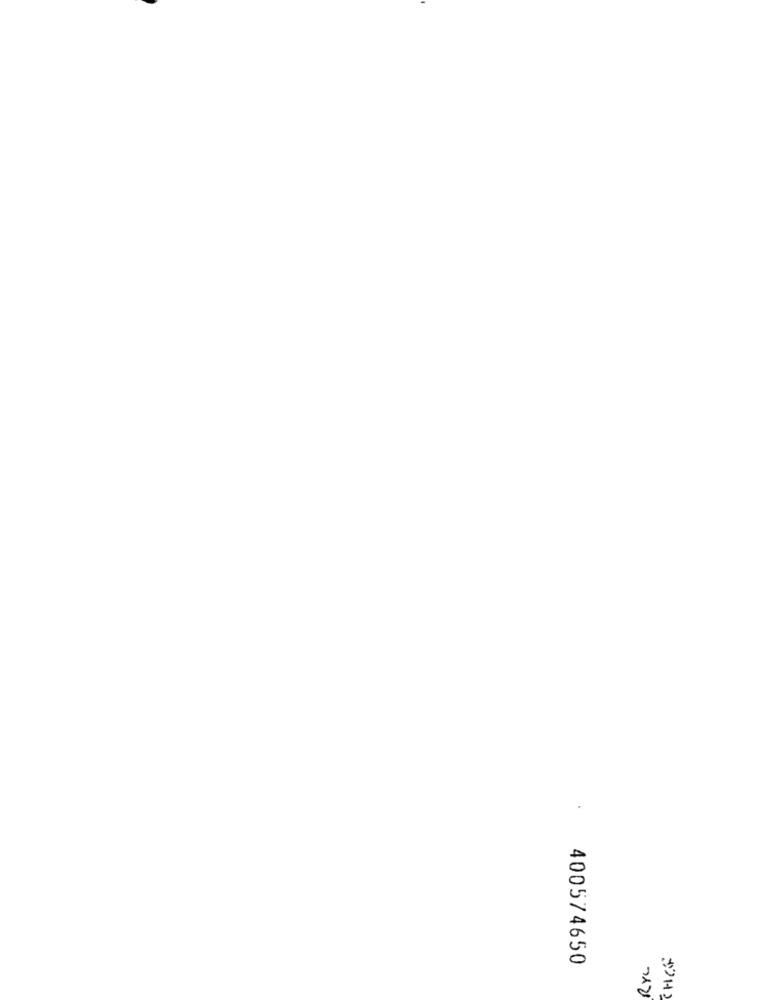
400574650
RYL